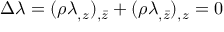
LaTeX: \Delta \lambda = ( \rho \lambda _ { , z } ) _ { , \bar { z } } + ( \rho \lambda _ { , \bar { z } } ) _ { , z } = 0